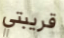
قريبتي